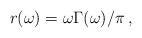
\begin{align*}\:r(\omega ) = \omega \Gamma (\omega )/\pi \,,\:\end{align*}